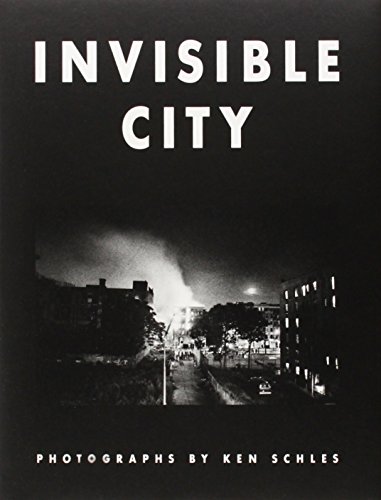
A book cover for Ken Schles: Invisible City; Arts & Photography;